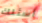
أسئلك